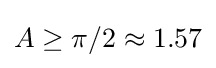
A\geq \pi /2\approx 1.57